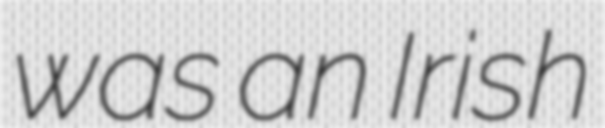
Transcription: was an Irish